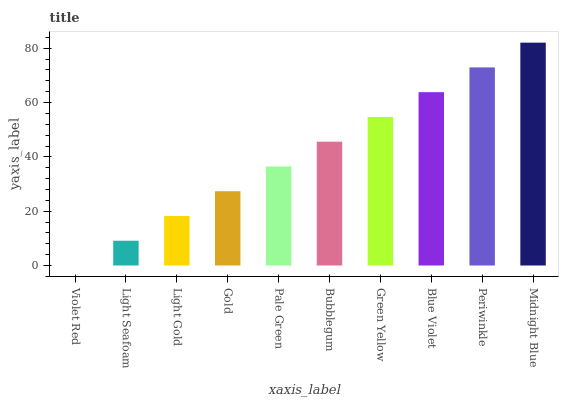
| xaxis_label | bars |
 | --- | --- |
 | Violet Red | 0 |
 | Light Seafoam | 9.12 |
 | Light Gold | 18.2 |
 | Gold | 27.4 |
 | Pale Green | 36.5 |
 | Bubblegum | 45.6 |
 | Green Yellow | 54.7 |
 | Blue Violet | 63.8 |
 | Periwinkle | 72.9 |
 | Midnight Blue | 82.1 |